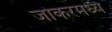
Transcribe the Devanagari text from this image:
जोकरमध्ये